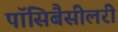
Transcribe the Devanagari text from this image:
पॉसिबैसीलरी